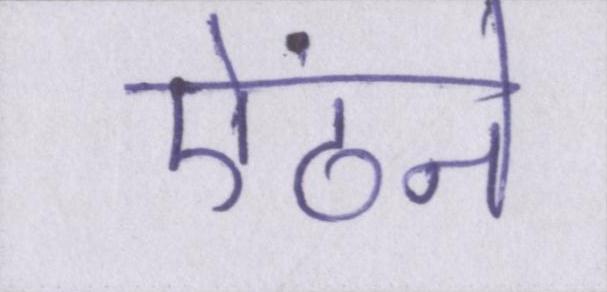
ऐंठने